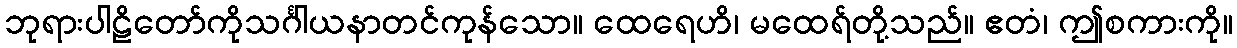
ဘုရားပါဠိတော်ကိုသင်္ဂါယနာတင်ကုန်သော။ ထေရေဟိ၊ မထေရ်တို့သည်။ ဧတံ၊ ဤစကားကို။